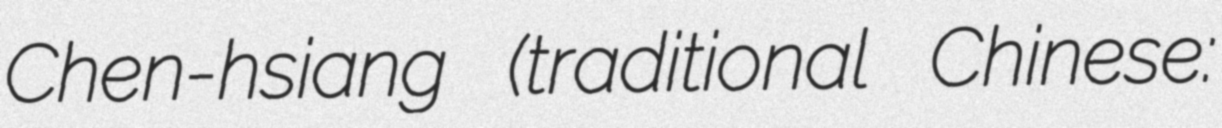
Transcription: Chen-hsiang (traditional Chinese: